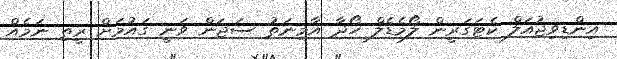
އިންޑިވިޖުއަލް ކެޓަގަރީން ލޯމެޑެލް ހޯދާ އާމިނަތު ސަޖަން ވަނީ ގައުމަށް ރީތި ނަމެއް